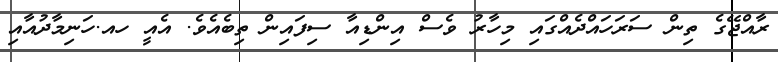
ރާއްޖޭގެ ތިން ސަރަހައްދެއްގައި މިހާރު ވެސް އިންޑިއާ ސިފައިން ތިބެއެވެ. އެއީ ހއ.ހަނިމާދުއާއި